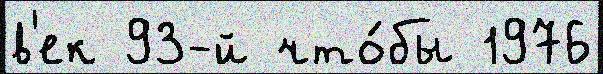
в'ек 93-й что́бы 1976